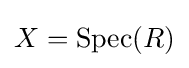
X=\mathrm {Spec} (R)